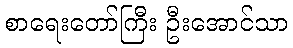
စာရေးတော်ကြီး ဦးအောင်သာ